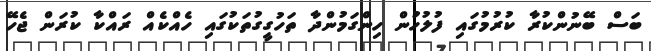
ބަސް ބޭނުންކުރާ ކުރުމުގައި ފުލުހުން ހިންގަމުންދާ ތަހުގީގުތަކުގައި ހެއްކެއް ރައްކާ ކުރަން ޖެހޭ